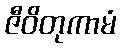
ဇီဝိတုကာမံ